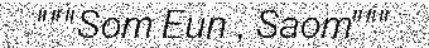
"""Som Eun , Saom"""